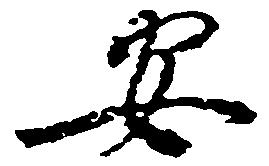
安